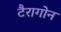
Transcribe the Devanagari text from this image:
टैरागोन